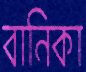
বানিকা